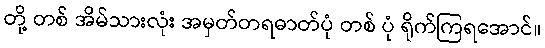
တို့ တစ် အိမ်သားလုံး အမှတ်တရဓာတ်ပုံ တစ် ပုံ ရိုက်ကြရအောင်။